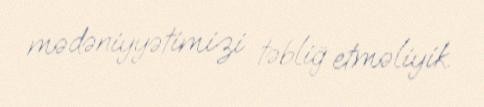
mədəniyyətimizi təbliğ etməliyik.